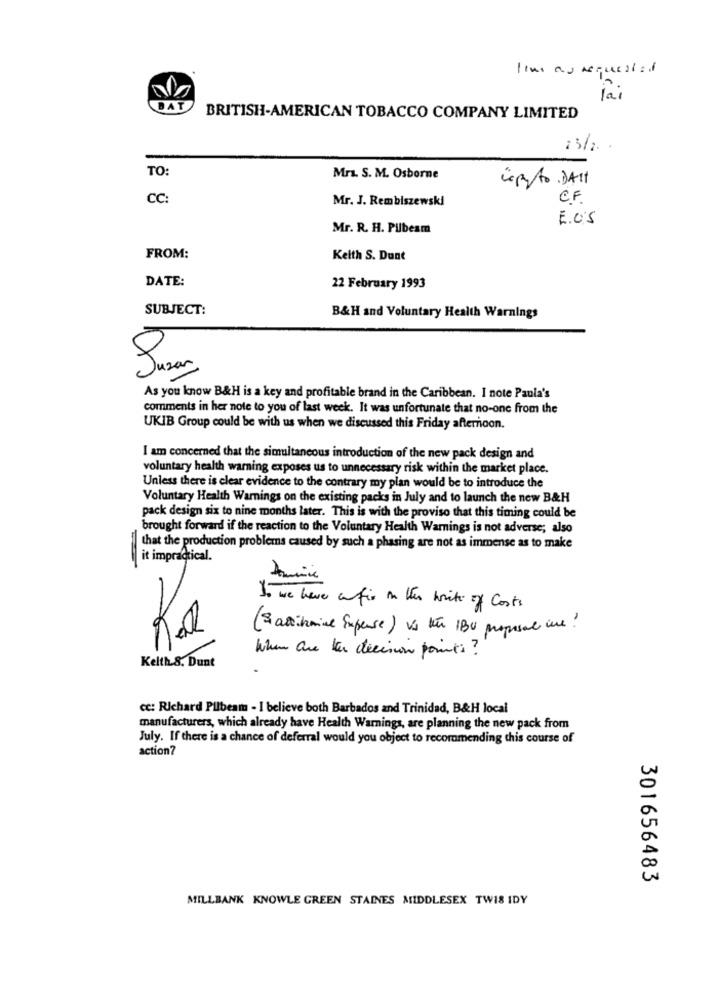
lai
BAT
BRITISH-AMERICAN TOBACCO COMPANY LIMITED
TO:
Mrs. S. M. Osborne
copy to DAIt
CC:
Mr. J. Rembiszewski
C.F.
E.U.S
Mr. R. H. Pilbeam
FROM:
Keith S. Dunt
DATE:
22 February 1993
SUBJECT:
B&H and Voluntary Health Warnings
Susan
As you know B&H is a key and profitable brand in the Caribbean. I note Paula's
comments in her note to you of last week. It was unfortunate that no-one from the
UKIB Group could be with us when we discussed this Friday afternoon.
I am concerned that the simultaneous introduction of the new pack design and
voluntary health warning exposes us to unnecessary risk within the market place.
Unless there is clear evidence to the contrary my plan would be to introduce the
Voluntary Health Warnings on the existing packs in July and to launch the new B&H
pack design six to nine months later. This is with the proviso that this timing could be
brought forward if the reaction to the Voluntary Health Warnings is not adverse; also
that the production problems caused by such a phasing are not as immense as to make
it impractical.
I. we have anfix in the write of Costs
(Satinmine Expense) vs the IBU propose une ?
When are the decision points ?
Kelth.S. Dunt
cc: Richard Pilbeam - I believe both Barbados and Trinidad, B&H local
manufacturers, which already have Health Warnings, are planning the new pack from
July. If there is a chance of deferral would you object to recoramending this course of
action?
301656483
MILLBANK KNOWLE GREEN STAINES MIDDLESEX TWIS IDY